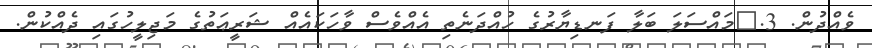
ވެއްދުން. 3.	މައްސަލަ ބަލާ ފަނޑިޔާރުގެ ހުއްދަނެތި އެއްވެސް ވާހަކައެއް ޝަރީޢަތުގެ މަޖިލީހުގައި ދެއްކުން.